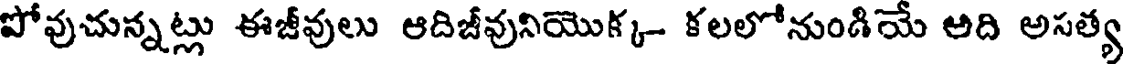
పోవుచున్నట్లు ఈజీవులు ఆదిజీవునియొక్క- కలలోనుండియే అది అసత్య